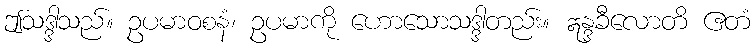
ဤသဒ္ဒါသည်။ ဥပမာဝစနံ၊ ဥပမာကို ဟောသောသဒ္ဒါတည်း။ ဣန္ဒခီလောတိ ဧတံ